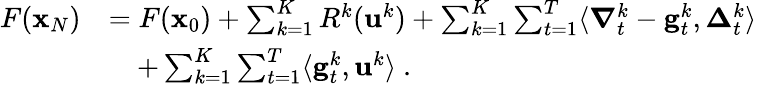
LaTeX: \begin{array}{rl}{F({\mathbf x}_{N})}&{=F({\mathbf x}_{0})+\sum_{k=1}^{K}R^{k}(\mathbf{u}^{k})+\sum_{k=1}^{K}\sum_{t=1}^{T}\langle{\boldsymbol\nabla}_{t}^{k}-\mathbf{g}_{t}^{k},{\boldsymbol\Delta}_{t}^{k}\rangle}\\ &{\quad+\sum_{k=1}^{K}\sum_{t=1}^{T}\langle\mathbf{g}_{t}^{k},\mathbf{u}^{k}\rangle~.}\end{array}